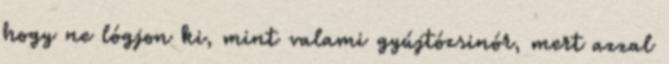
hogy ne lógjon ki, mint valami gyújtózsinór, mert azzal